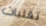
تقلبات